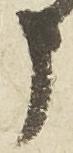
申